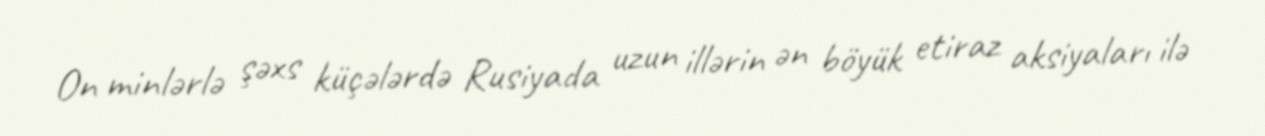
On minlərlə şəxs küçələrdə Rusiyada uzun illərin ən böyük etiraz aksiyaları ilə